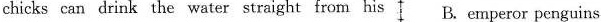
chicks can drink the water straight from his B. emperor penguins